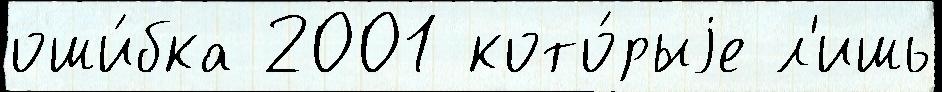
оши́бка 2001 кото́рыjе л'ишь